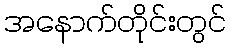
အနောက်တိုင်းတွင်